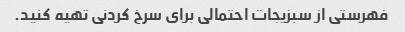
فهرستی از سبزیجات احتمالی برای سرخ کردنی تهیه کنید.